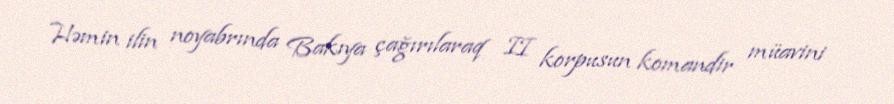
Həmin ilin noyabrında Bakıya çağırılaraq II korpusun komandir müavini